65_HS1-834228961_62-HQ-83894_Section_9
Agency: FBI
Page 208
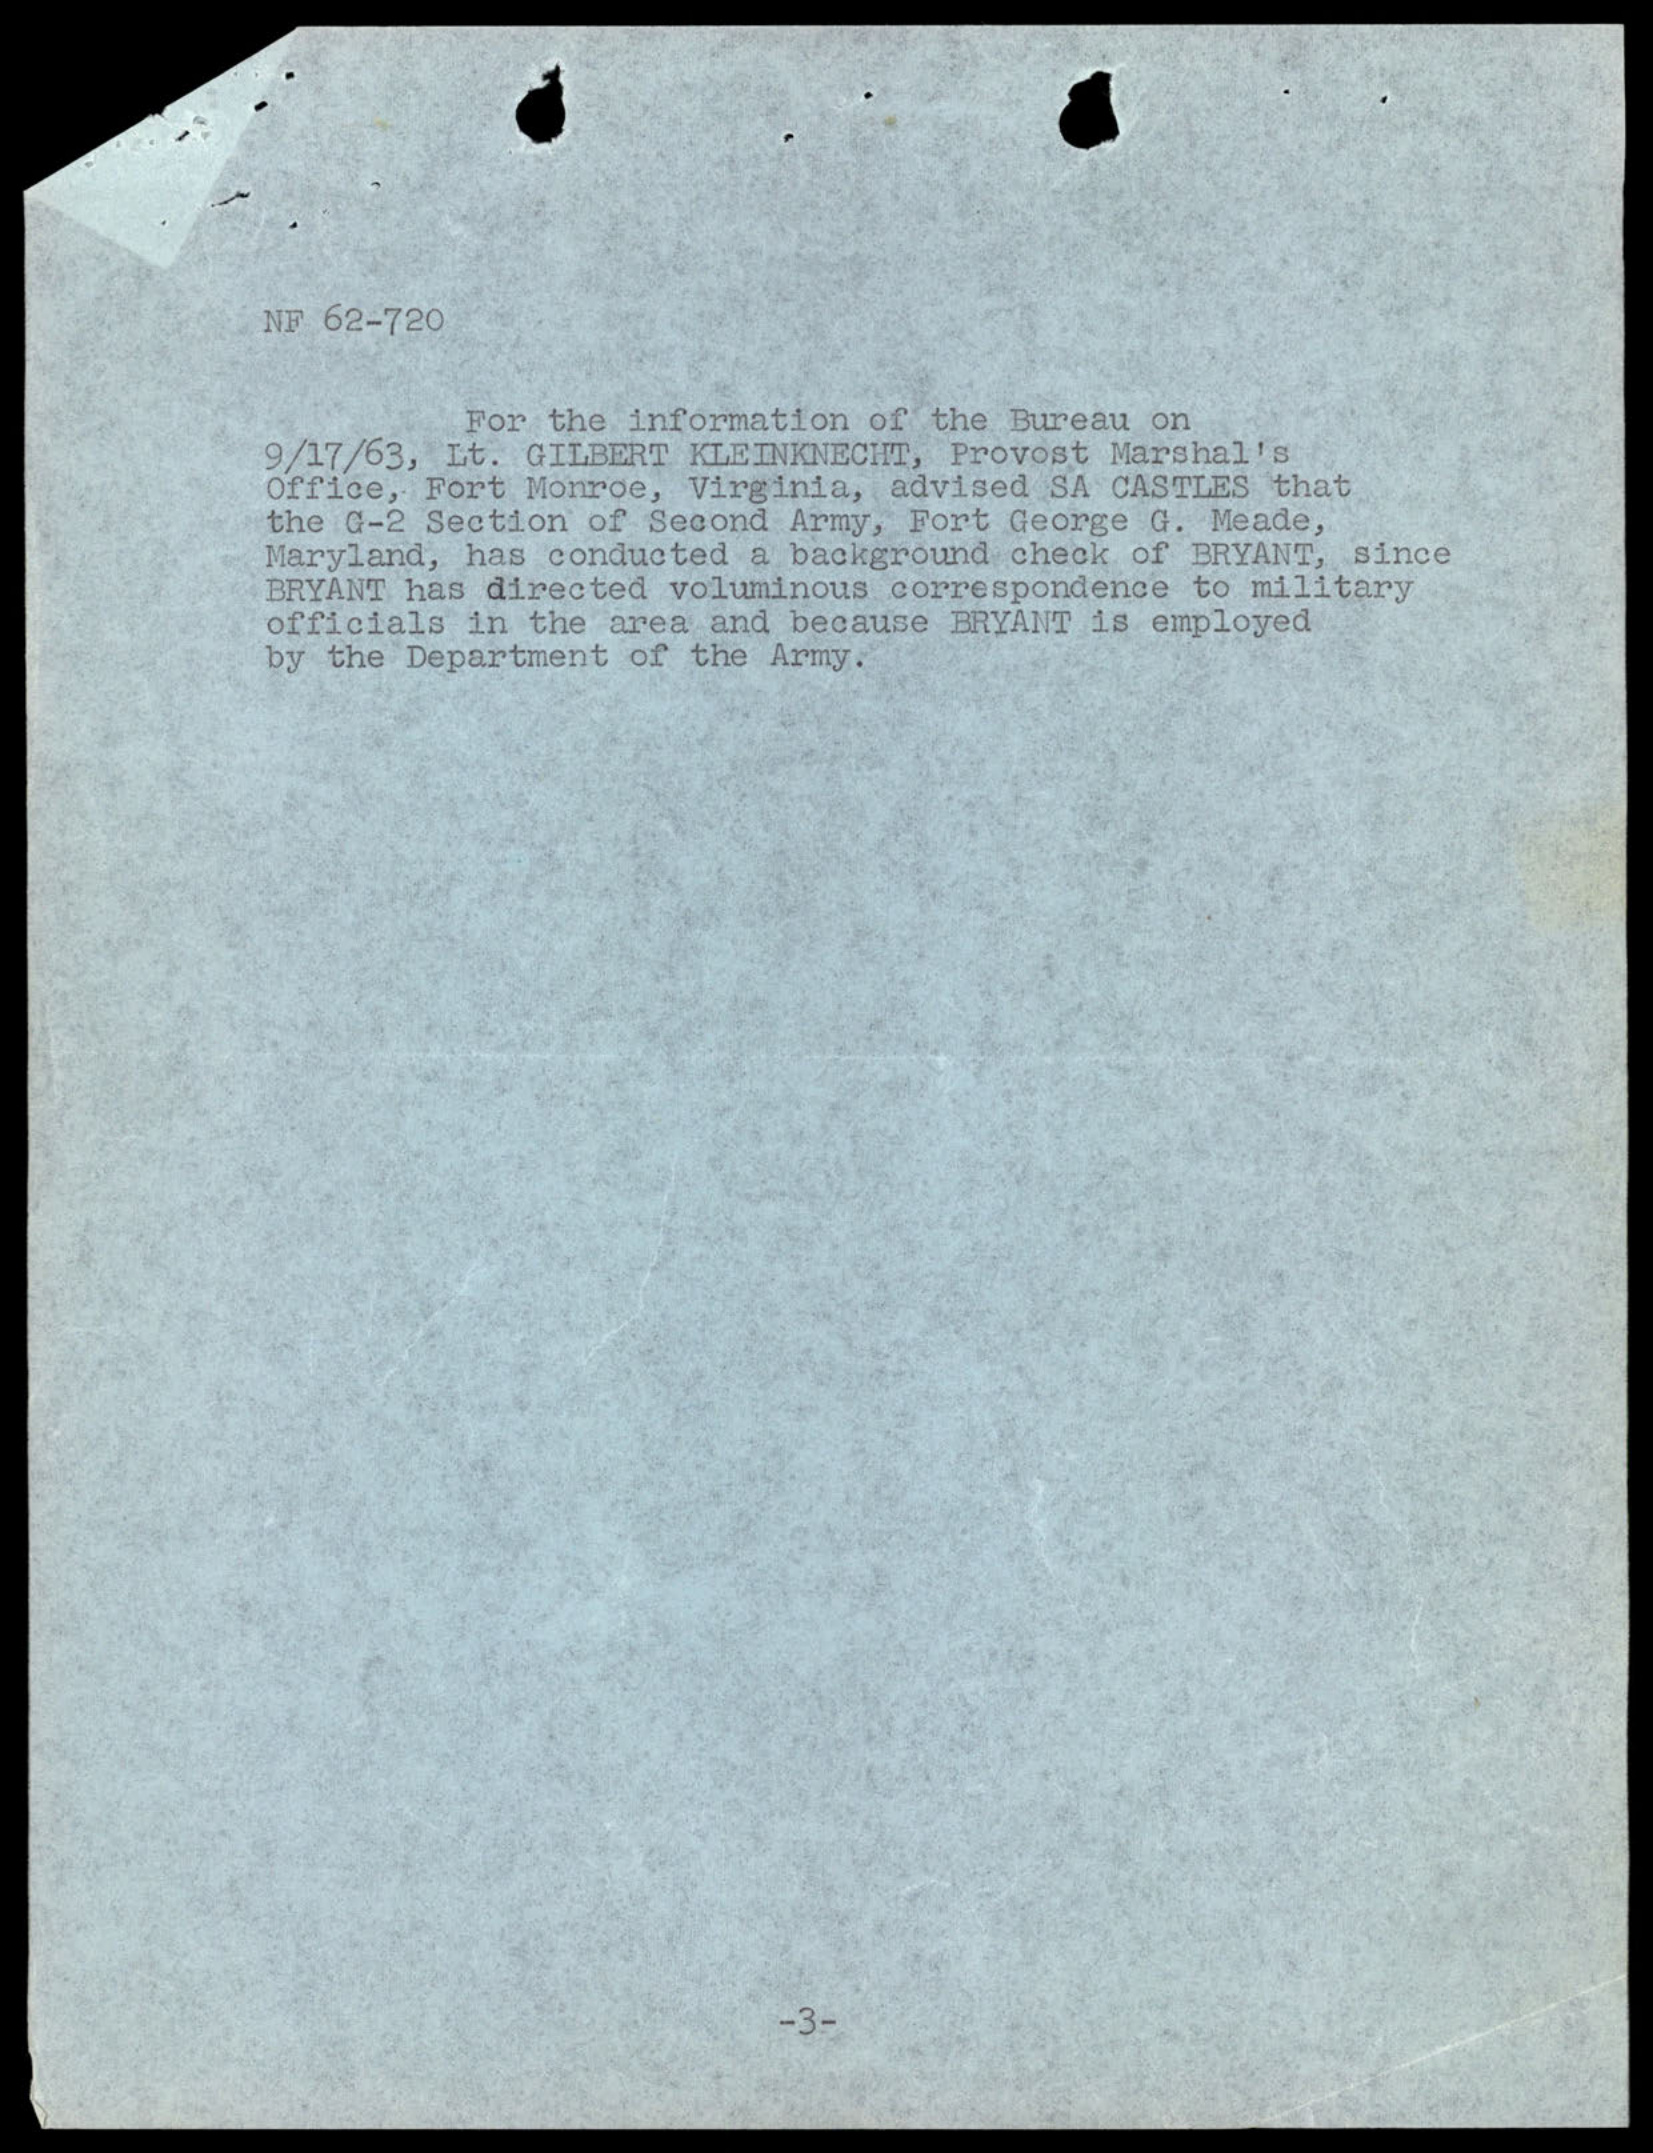